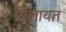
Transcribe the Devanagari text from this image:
बिलायत